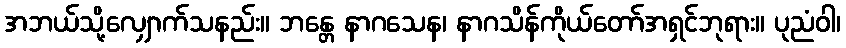
အဘယ်သို့လျှောက်သနည်း။ ဘန္တေ နာဂသေန၊ နာဂသိန်ကိုယ်တော်အရှင်ဘုရား။ ပုညံဝါ၊